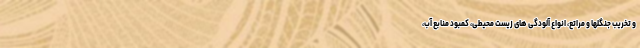
و تخریب جنگلها و مراتع، انواع آلودگی های زیست محیطی، کمبود منابع آب،